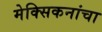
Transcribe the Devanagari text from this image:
मेक्सिकनांचा